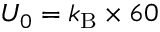
U _ { 0 } = k _ { \mathrm { B } } \times 6 0